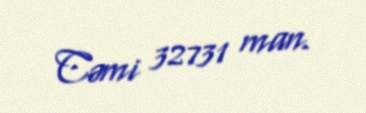
Cəmi 32731 man.